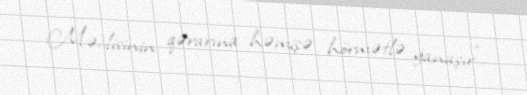
Məclisinin qərarına həmişə hörmətlə yanaşır”.